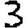
Digit: 3